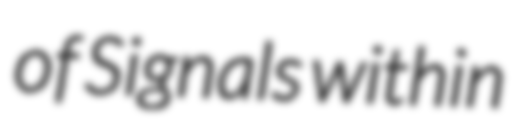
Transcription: of Signals within